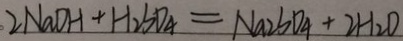
2 N a O H + H _ { 2 } S O _ { 4 } = N a _ { 2 } S O _ { 4 } + 2 H _ { 2 } O